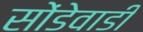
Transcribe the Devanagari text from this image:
सोंडेवाडी